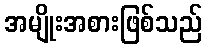
အမျိုးအစားဖြစ်သည်